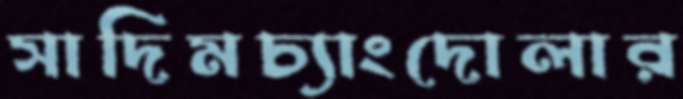
সাদিমচ্যাংদোলার